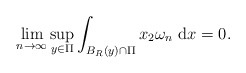
\begin{align*}\lim _{n \rightarrow \infty} \sup _{y \in \Pi} \int_{B_{R}(y) \cap \Pi} x_{2} \omega_{n} \mathrm{~d} x=0.\end{align*}